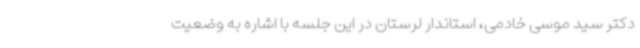
دکتر سید موسی خادمی، استاندار لرستان در این جلسه با اشاره به وضعیت